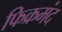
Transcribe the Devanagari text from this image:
फिक्रमंद